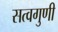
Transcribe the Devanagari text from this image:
सत्वगुणी